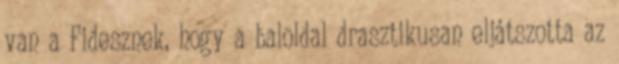
van a Fidesznek, hogy a baloldal drasztikusan eljátszotta az